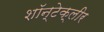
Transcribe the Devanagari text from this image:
शॉन्टेक्लीर